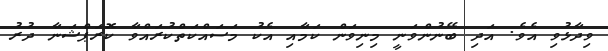
ވިދާޅުވި އެވެ. އަދި ބޭނުންވަނީ މިނިވަން ކަމާއި އެކު މަސައްކަތްކުރައްވާ ކޮރަޕްޝަނާ ދުރު